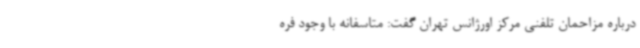
درباره مزاحمان تلفنی مرکز اورژانس تهران گفت: متاسفانه با وجود فره